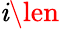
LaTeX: \mathit{i}\len